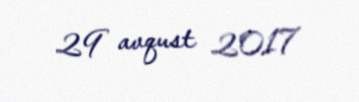
29 avqust 2017